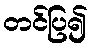
တင်ပြ၍